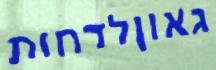
גאוןלדחות